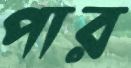
পার